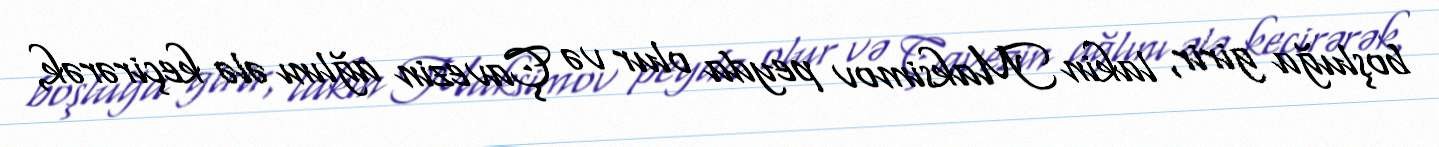
boşluğa girir, lakin Maksimov peyda olur və Çavezin ağlını ələ keçirərək,